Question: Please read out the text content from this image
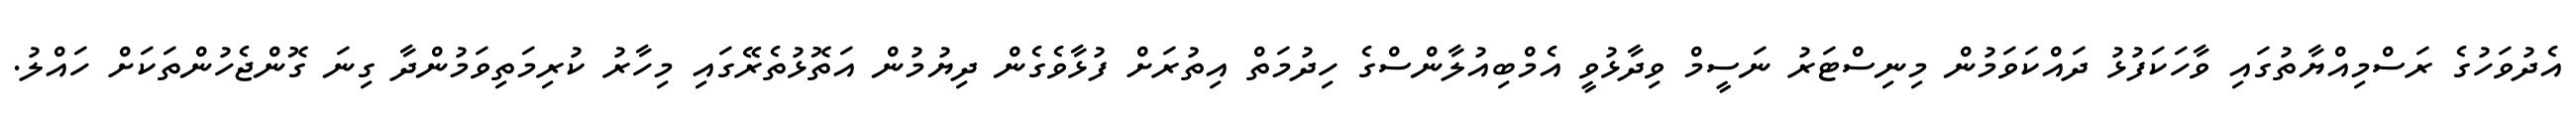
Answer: އެދުވަހުގެ ރަސްމިއްޔާތުގައި ވާހަކަފުޅު ދައްކަވަމުން މިނިސްޓަރު ނަސީމް ވިދާޅުވީ އެމްބިއުލާންސްގެ ހިދުމަތް އިތުރަށް ފުޅާވެގެން ދިޔުމުން އަތޮޅުތެރޭގައި މިހާރު ކުރިމަތިވަމުންދާ ގިނަ ގޮންޖެހުންތަކަށް ހައްލު.